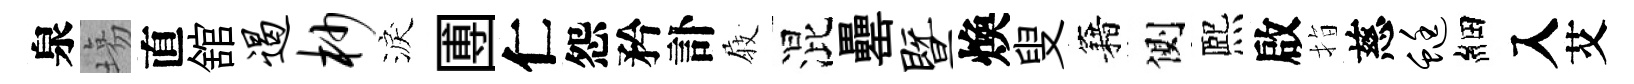
泉塲直舘遏杪淚圑仁怨矜訃𡲆混罍暨煥叟籍側熈啟指慈蜓細入艾